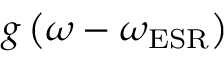
g \left( \omega - \omega _ { \mathrm { E S R } } \right)